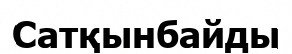
Сатқынбайды